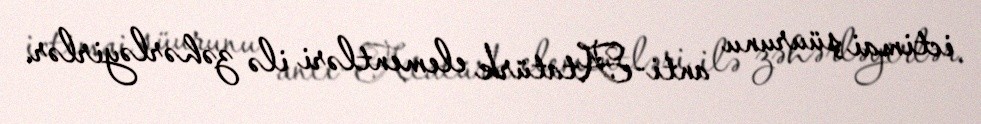
ictimai şüurunu anti-Atatürk elementləri ilə zəhərləyirlər.